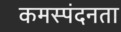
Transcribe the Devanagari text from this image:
कमस्पंदनता